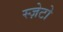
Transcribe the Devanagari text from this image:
स्ज़ेटो